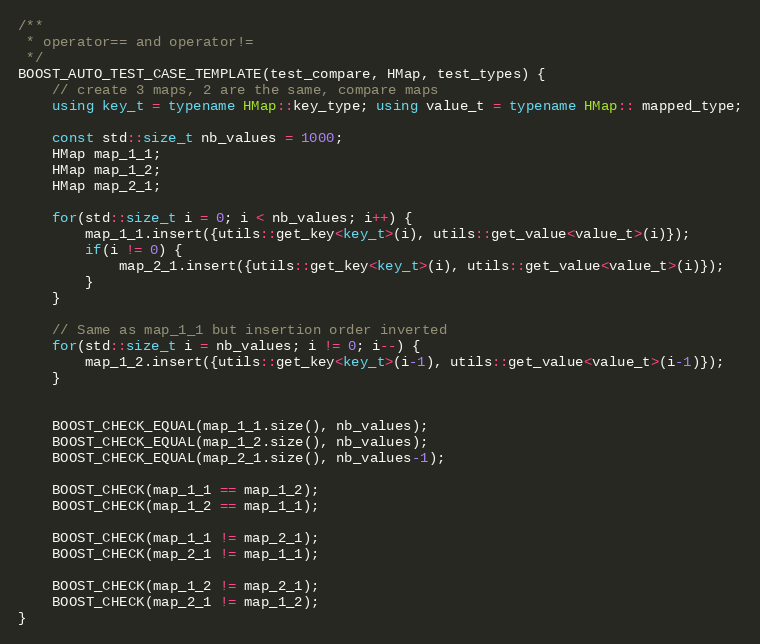
Language: C++
/**
 * operator== and operator!=
 */
BOOST_AUTO_TEST_CASE_TEMPLATE(test_compare, HMap, test_types) {
    // create 3 maps, 2 are the same, compare maps
    using key_t = typename HMap::key_type; using value_t = typename HMap:: mapped_type;

    const std::size_t nb_values = 1000;
    HMap map_1_1;
    HMap map_1_2;
    HMap map_2_1;

    for(std::size_t i = 0; i < nb_values; i++) {
        map_1_1.insert({utils::get_key<key_t>(i), utils::get_value<value_t>(i)});
        if(i != 0) {
            map_2_1.insert({utils::get_key<key_t>(i), utils::get_value<value_t>(i)});
        }
    }

    // Same as map_1_1 but insertion order inverted
    for(std::size_t i = nb_values; i != 0; i--) {
        map_1_2.insert({utils::get_key<key_t>(i-1), utils::get_value<value_t>(i-1)});
    }

    BOOST_CHECK_EQUAL(map_1_1.size(), nb_values);
    BOOST_CHECK_EQUAL(map_1_2.size(), nb_values);
    BOOST_CHECK_EQUAL(map_2_1.size(), nb_values-1);

    BOOST_CHECK(map_1_1 == map_1_2);
    BOOST_CHECK(map_1_2 == map_1_1);

    BOOST_CHECK(map_1_1 != map_2_1);
    BOOST_CHECK(map_2_1 != map_1_1);

    BOOST_CHECK(map_1_2 != map_2_1);
    BOOST_CHECK(map_2_1 != map_1_2);
}